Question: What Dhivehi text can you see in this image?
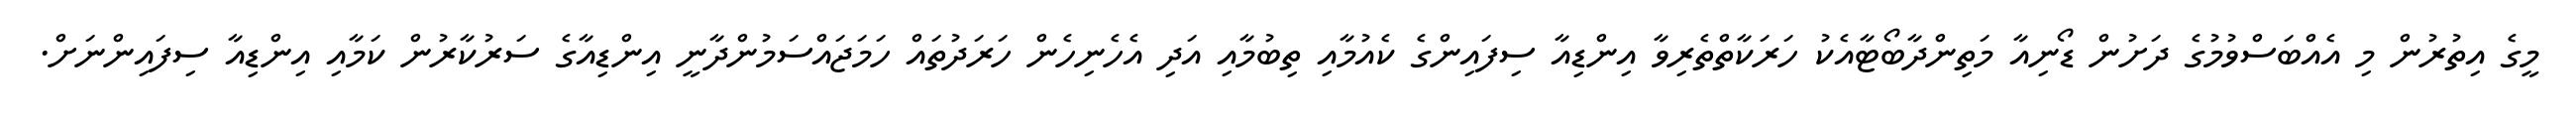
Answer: މީގެ އިތުރުން މި އެއްބަސްވުމުގެ ދަށުން ޑޯނިއާ މަތިންދާބޯޓާއެކު ހަރަކާތްތެރިވާ އިންޑިއާ ސިފައިންގެ ކެއުމާއި ތިބުމާއި އަދި އެހެނިހެން ހަރަދުތައް ހަމަޖައްސަމުންދާނީ އިންޑިއާގެ ސަރުކާރުން ކަމާއި އިންޑިއާ ސިފައިންނަށް.